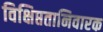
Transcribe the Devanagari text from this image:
विक्षिप्ततानिवारक